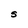
Character: S